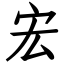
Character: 宏